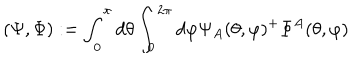
( \Psi , \Phi ) : = \int _ { 0 } ^ { \pi } d \theta \int _ { 0 } ^ { 2 \pi } d \varphi \Psi _ { A } ( \theta , \varphi ) ^ { + } \Phi ^ { A } ( \theta , \varphi )